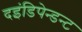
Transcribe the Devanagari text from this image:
दइंडिपेन्डन्ट